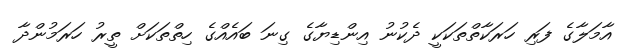
އާމަލާގެ ފަރި ހަރަކާތްތަކަކީ ދެކުނު އިންޑިޔާގެ ގިނަ ބައެއްގެ ހިތްތަކަށް ތީރު ހަރަމުންދާ